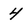
Character: 4